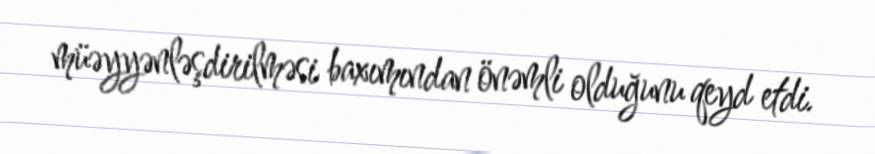
müəyyənləşdirilməsi baxımından önəmli olduğunu qeyd etdi.